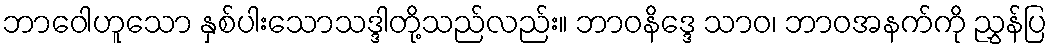
ဘာဝေါဟူသော နှစ်ပါးသောသဒ္ဒါတို့သည်လည်း။ ဘာဝနိဒ္ဒေ သာဝ၊ ဘာဝအနက်ကို ညွှန်ပြ